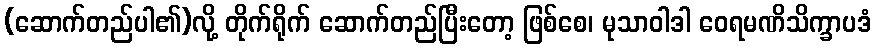
(ဆောက်တည်ပါ၏)လို့ တိုက်ရိုက် ဆောက်တည်ပြီးတော့ ဖြစ်စေ၊ မုသာဝါဒါ ဝေရမဏိသိက္ခာပဒံ